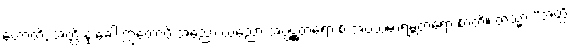
ဟောတိ, အတ္ထိ နု ခေါ ဣတောပိ အညော ယညော အပ္ပဋ္ဌတရော စ အပ္ပသမာရမ္ဘတရော စာတိ။ တသ္မာ “အတ္ထိ